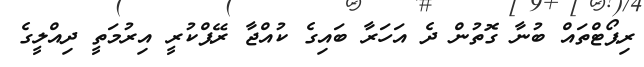
ރިޕޯޓްތައް ބުނާ ގޮތުން ދެ އަހަރާ ބައިގެ ކުއްޖާ ރޭޕްކުރީ އިރުމަތީ ދިއްލީގެ